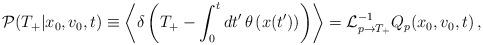
LaTeX: \begin{align*}{\cal P}(T_+\vert x_0,v_0,t)\equiv\left\langle\delta\left(T_+ -\int_0^t dt'\thinspace\theta\left(x(t')\right)\right)\right\rangle={\cal L}^{-1}_{p\to T_+}Q_p(x_0,v_0,t)\,,\end{align*}